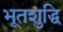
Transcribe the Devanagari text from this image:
भूतशुद्धि